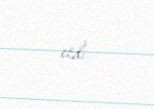
etdi.